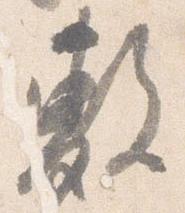
敷